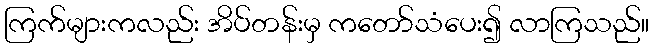
ကြက်များကလည်း အိပ်တန်းမှ ကတော်သံပေး၍ လာကြသည်။